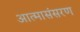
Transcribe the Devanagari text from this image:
आत्मासंसरण